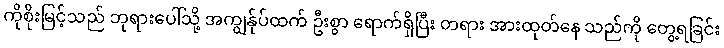
ကိုစိုးမြင့်သည် ဘုရားပေါ်သို့ အကျွန်ုပ်ထက် ဦးစွာ ရောက်ရှိပြီး တရား အားထုတ်နေ သည်ကို တွေ့ရခြင်း